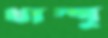
থাম্পু